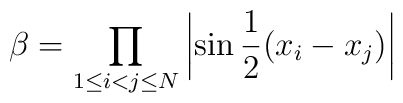
\beta = \prod_{1 \leq i < j \leq N}  \left|\sin \frac{1}{2} (x_i-x_j)\right|